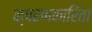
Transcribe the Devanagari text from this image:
क्षरणकारिता